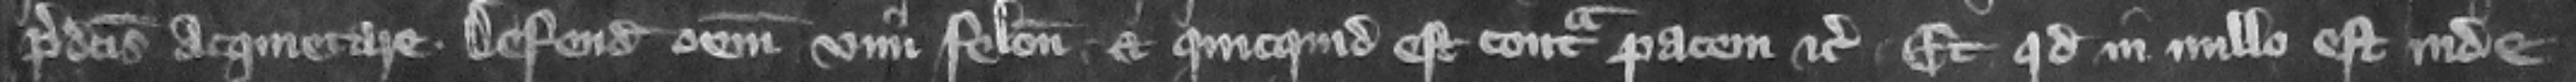
predictis acquietare defendit omnem vim. feloniam. et quicquid est contra pacem etc. et quod in nullo est inde